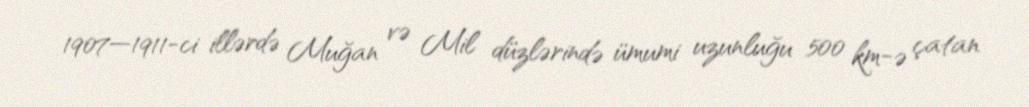
1907—1911-ci illərdə Muğan və Mil düzlərində ümumi uzunluğu 500 km-ə çatan